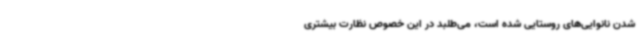
شدن نانوایی‌های روستایی شده است، می‌طلبد در این خصوص نظارت بیشتری